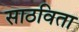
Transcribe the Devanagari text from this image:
साठविता